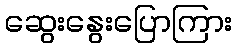
ဆွေးနွေးပြောကြား